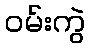
ဝမ်းကွဲ